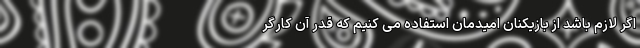
اگر لازم باشد از بازیکنان امیدمان استفاده می کنیم که قدر آن کارگر